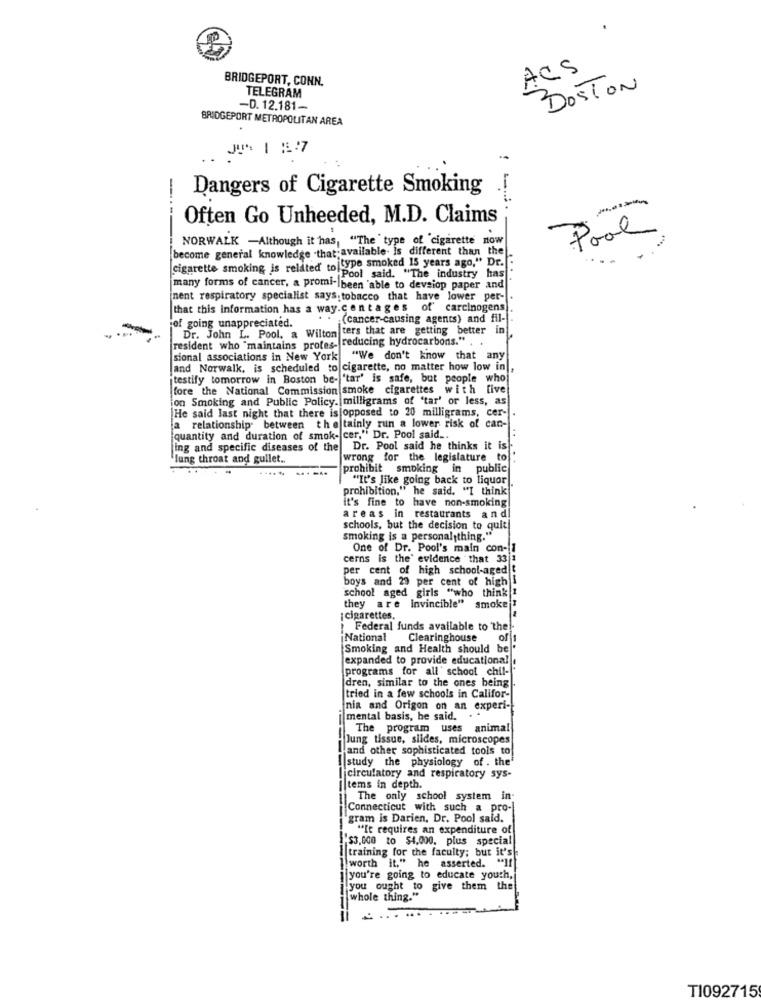
ACS
BRIDGEPORT, CONN.
DOSTON
TELEGRAM
-D. 12.181-
BRIDGEPORT METROPOLITAN AREA
Dangers of Cigarette Smoking [
Often Go Unheeded, M.D. Claims
Pool
NORWALK -Although it has, "The type of cigarette now
become general knowledge that; available. is different than the
cigarette smoking is related to type smoked 15 years ago," Dr ...
Pool said. "The industry has
many forms of cancer, a promi- been able to devsiop paper and
ment respiratory specialist says: tobacco that have lower per-
that this information has a way.centages of' carcinogens
(cancer-causing agents) and fil-
of going unappreciated.
Dr. John L. Pool, a Wilton ters that are getting better in
reducing hydrocarbons." .
resident who "maintains protes-
sional associations in New York "We don't know that any
and Norwalk, is scheduled to cigarette, no matter how low in
testify tomorrow in Boston be- "tar' is safe, but people who
fore the National Commission smoke cigarettes with five
on Smoking and Public Policy. milligrams of "tar' or less, as
He said last night that there is opposed to 20 milligrams, cer-
a relationship between the tainly run a lower risk of can-
quantity and duration of smok- cer," Dr. Pool said ...
ing and specific diseases of the Dr. Pool said he thinks it is
lung throat and gullet.
wrong for the legislature to"
.....
prohibit smoking in public
"It's like going back to liquor
prohibition," he said. "I think
it's fine to have non-smoking!
areas in restaurants and
schools, but the decision to quit
smoking is a personal thing."
One of Dr. Pool's main con-1
cerns is the' evidence that 33 1
per cent of high school-aged
boys and 29 per cent of high I
school aged girls "who think !
they are invincible" smoke
¡cigarettes.
Federal funds available to the !-
National
Clearinghouse
of
Smoking and Health should be "
expanded to provide educational
programs for all' school chil-
dren, similar to the ones being
tried in a few schools in Califor-
nia and Origon on an experi-
mental basis, he said. . .
The program uses
animal
Jung tissue, slides, microscopes
and other sophisticated tools to!
I|study the physiology of . the'
jcirculatory and respiratory sys-
items in depth.
The only school system in-
Connecticut with such a pro-
gram is Darien, Dr. Pool sald.
"It requires an expenditure of
"$3.000 to $4,000, plus special
training for the faculty; but it's
worth it." he asserted.
you're going to educate youth,
you ought to give them the
whole thing."
TI092715